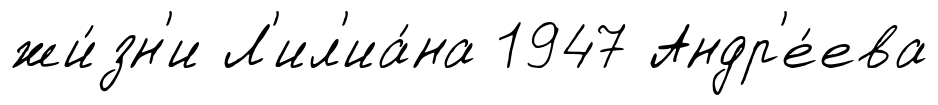
жи́зн'и Л'ил'иа́на 1947 Андр'е́ева